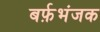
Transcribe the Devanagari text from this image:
बर्फ़भंजक